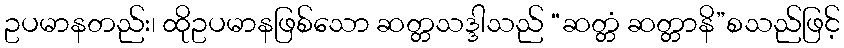
ဥပမာနတည်း၊ ထိုဥပမာနဖြစ်သော ဆတ္တသဒ္ဒါသည် “ဆတ္တံ ဆတ္တာနိ”စသည်ဖြင့်